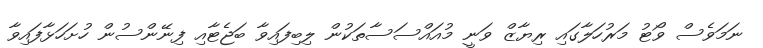
ނަމަވެސް ވޯޓު މަރުހަލާގައި ރިޔާޒް ވަނީ މުއައްސަސާތަކުން ލިބިފައިވާ ބަޖެޓާއި ފިނޭންސުން ހުށަހަޅާފައިވާ